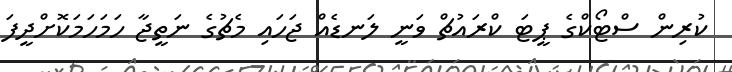
ކުރިން ސްޓޯކްގެ ޕީޓަ ކްރައުޗް ވަނީ ލަނޑެއް ޖަހައި މެޗުގެ ނަތީޖާ ހަމަހަމަކޮށްދީފަ